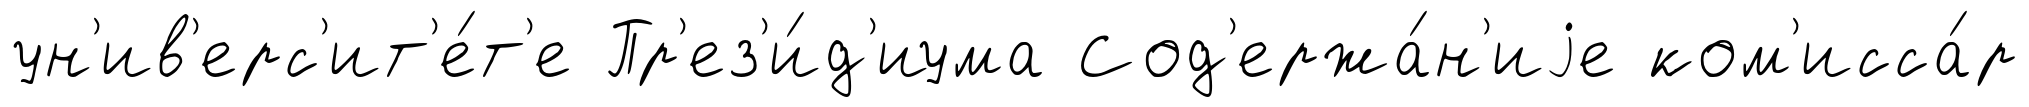
ун'ив'ерс'ит'е́т'е Пр'ез'и́д'иума Сод'ержа́н'иjе ком'исса́р